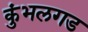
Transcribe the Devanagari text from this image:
कुंभलगड